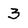
Character: 3